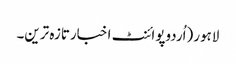
لاہور(اُردوپوائنٹ اخبارتازہ ترین۔